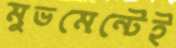
মুভমেন্টেই